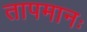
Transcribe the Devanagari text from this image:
तापमानः